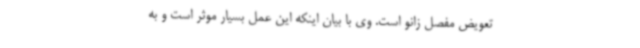
تعویض مفصل زانو است. وی با بیان اینکه این عمل بسیار موثر است و به